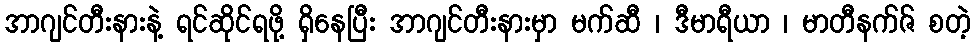
အာဂျင်တီးနားနဲ့ ရင်ဆိုင်ရဖို့ ရှိနေပြီး အာဂျင်တီးနားမှာ မက်ဆီ ၊ ဒီမာရီယာ ၊ မာတီနက်ဇ် စတဲ့